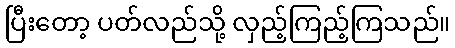
ပြီးတော့ ပတ်လည်သို့ လှည့်ကြည့်ကြသည်။